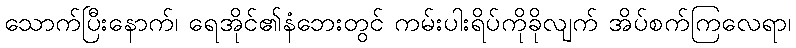
သောက်ပြီးနောက်၊ ရေအိုင်၏နံဘေးတွင် ကမ်းပါးရိပ်ကိုခိုလျက် အိပ်စက်ကြလေရာ၊